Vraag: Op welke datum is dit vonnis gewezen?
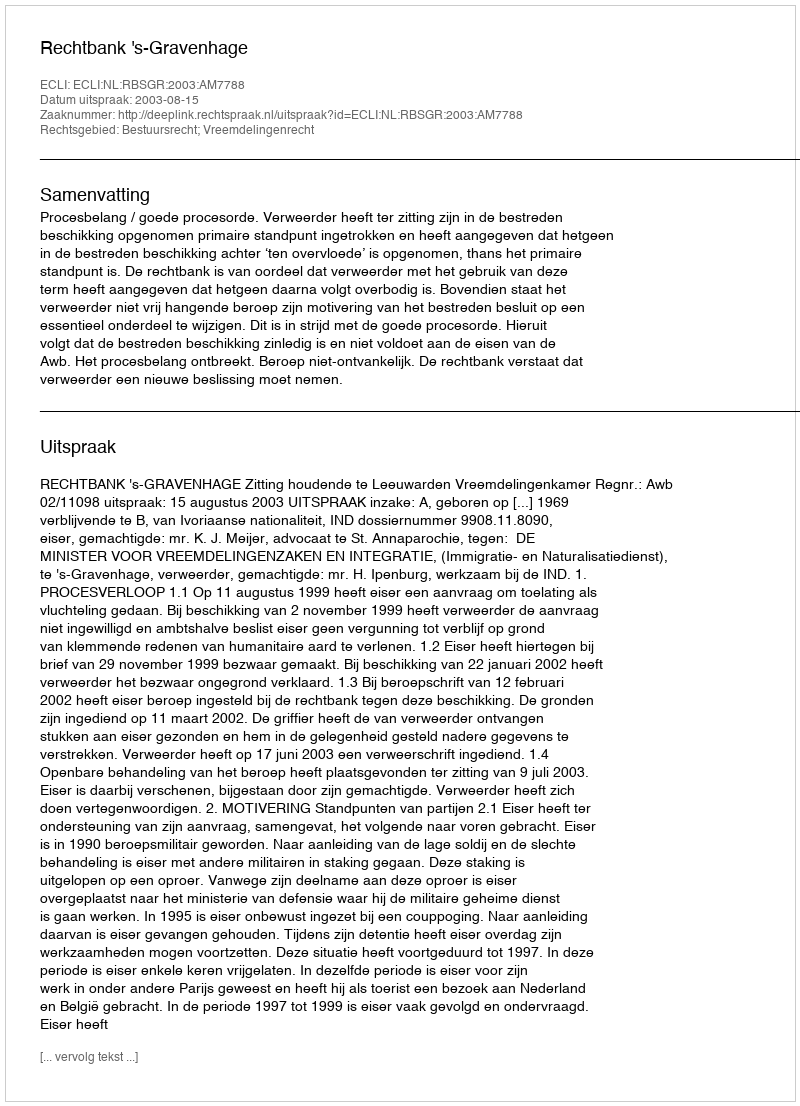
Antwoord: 2003-08-15